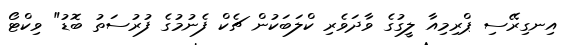
އިނގިރޭސި ޕްރިމިއާ ލީގުގެ ވާދަވެރި ކްލަބަކުން ޗެކް ފެނުމުގެ ފުރުސަތު ބޮޑު" ވިކްޓޯ